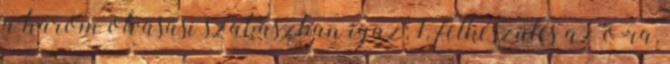
a három olvasási szakaszban igaz: 1. felkészülés az o-ra,